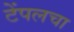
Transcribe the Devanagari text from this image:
टेंपलचा